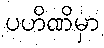
ပဟိဏိမှာ